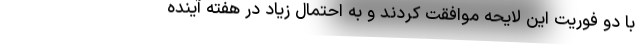
با دو فوریت این لایحه موافقت کردند و به احتمال زیاد در هفته آینده